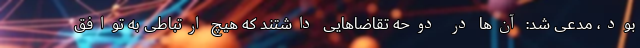
بود، مدعی شد: آن‌ها در دوحه تقاضاهایی داشتند که هیچ ارتباطی به توافق